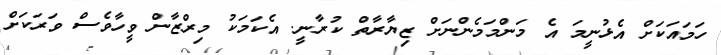
ހަމައަކަށް އެޅުނީމަ އެ މަންމަމެންނަށް ޒިޔާރާތް ކުރާނީ. އެކަމަކު މިރްޒާން ވީހާވެސް ވަރަކަށް